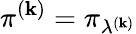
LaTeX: \pi^{(\mathbf{k})}=\pi_{\lambda^{(\mathbf{k})}}